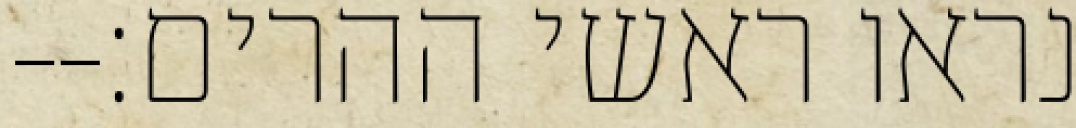
נראו ראשי ההרים׃--